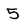
Character: 5